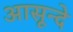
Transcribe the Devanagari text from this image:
आसून्दे